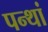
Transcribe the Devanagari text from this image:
पन्थां